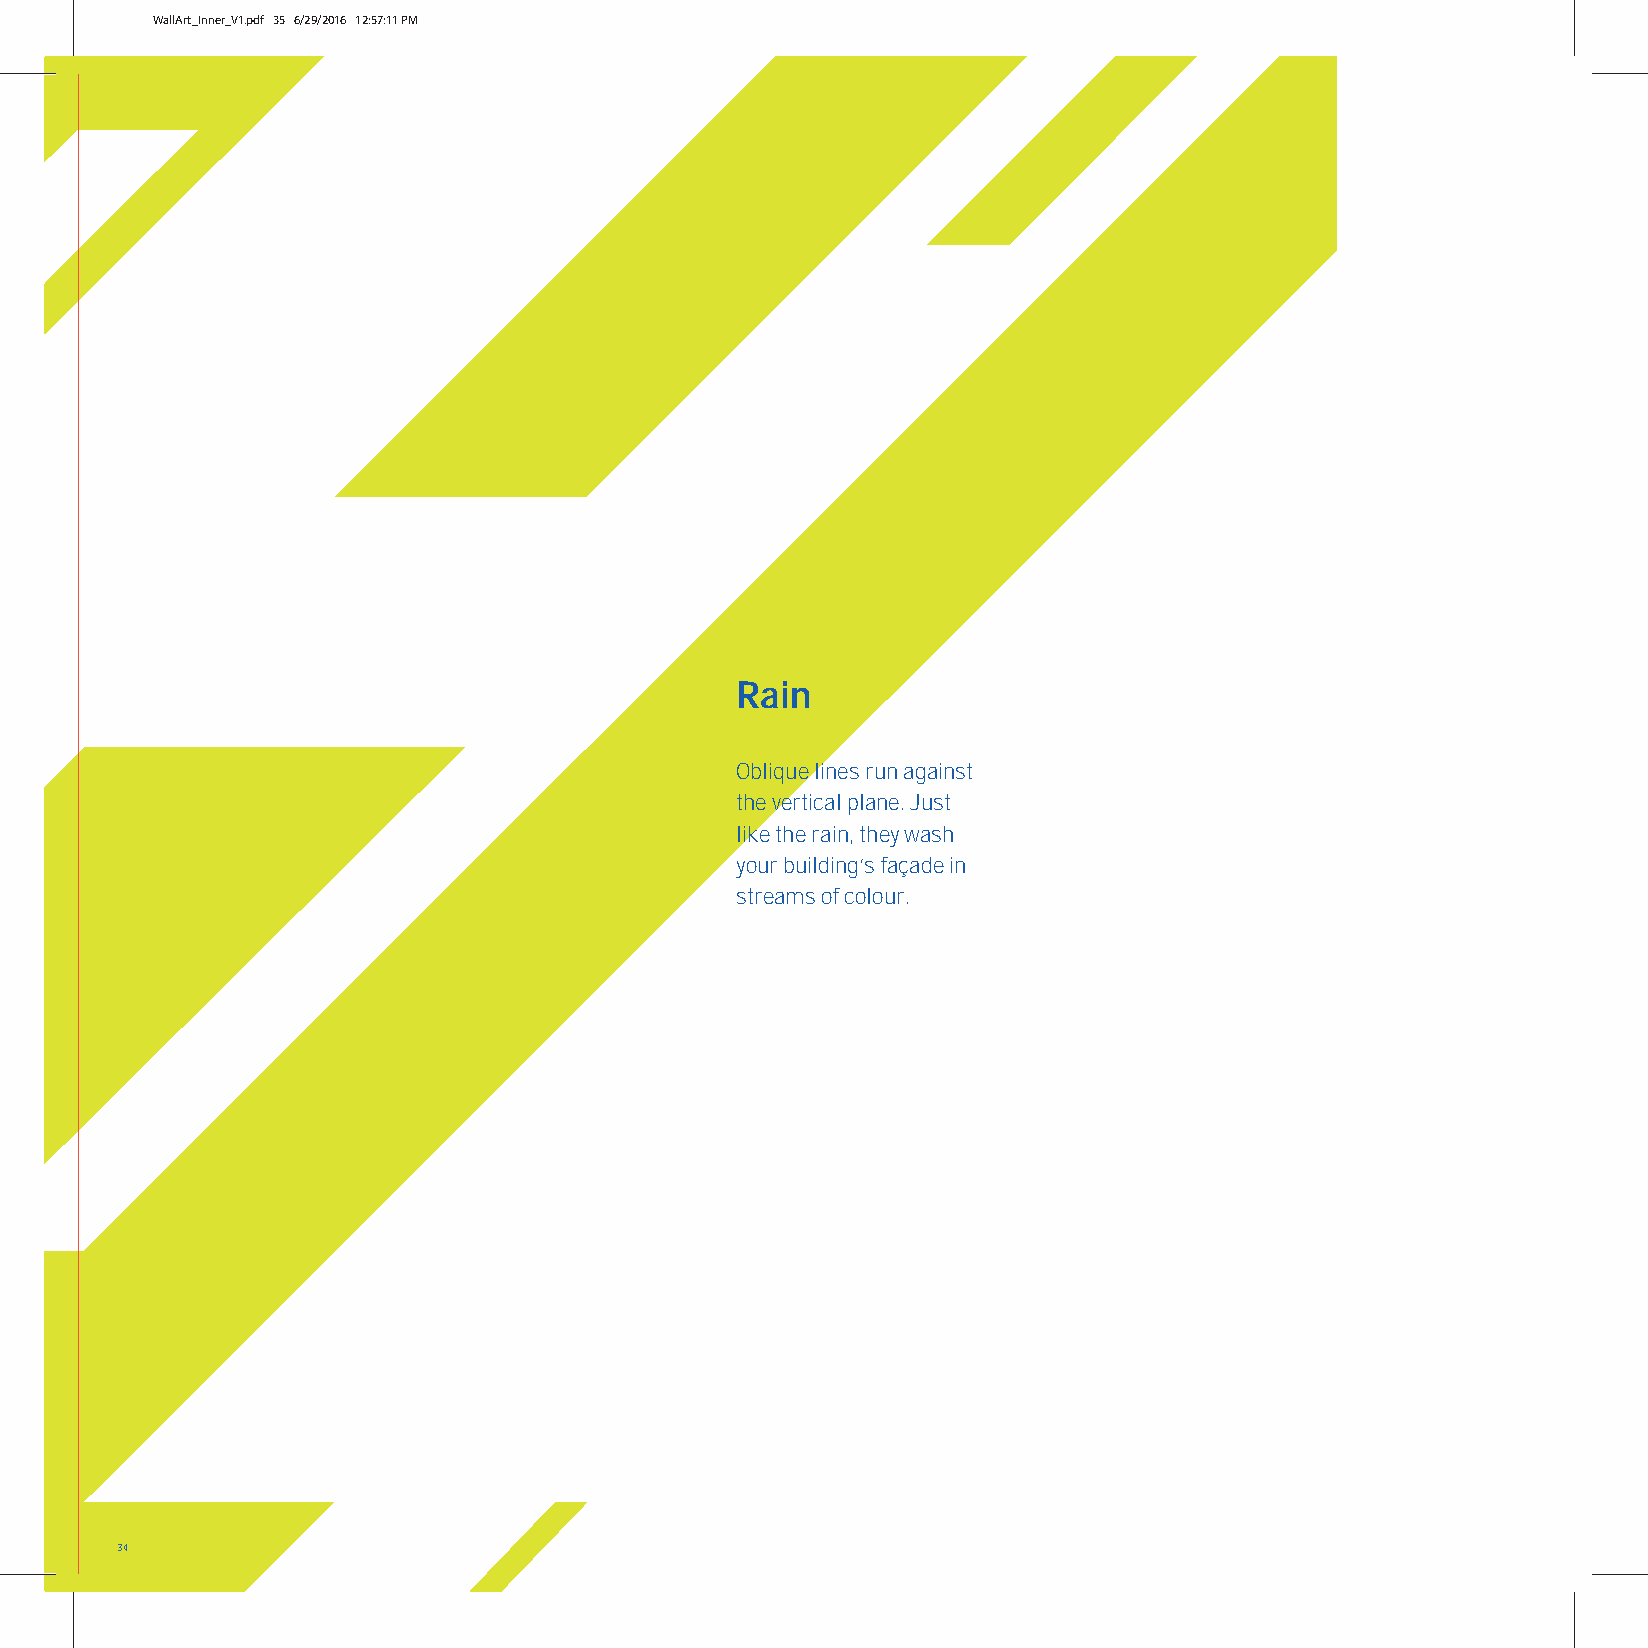
WallArt_Inner_V1.pdf 35 6/29/2016 12:57:11 PM
 Rain
 Oblique lines run against
 the vertical plane. Just
 like the rain, they wash
 your building’s façade in
 streams of colour.
 34